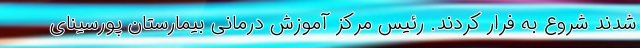
شدند شروع به فرار کردند. رئیس مرکز آموزش درمانی بیمارستان پورسینای